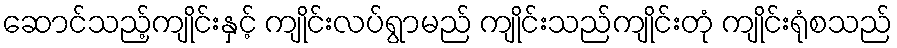
ဆောင်သည့်ကျိုင်းနှင့် ကျိုင်းလပ်ရွာမည် ကျိုင်းသည်ကျိုင်းတုံ ကျိုင်းရုံစသည်